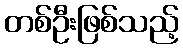
တစ်ဦးဖြစ်သည့်